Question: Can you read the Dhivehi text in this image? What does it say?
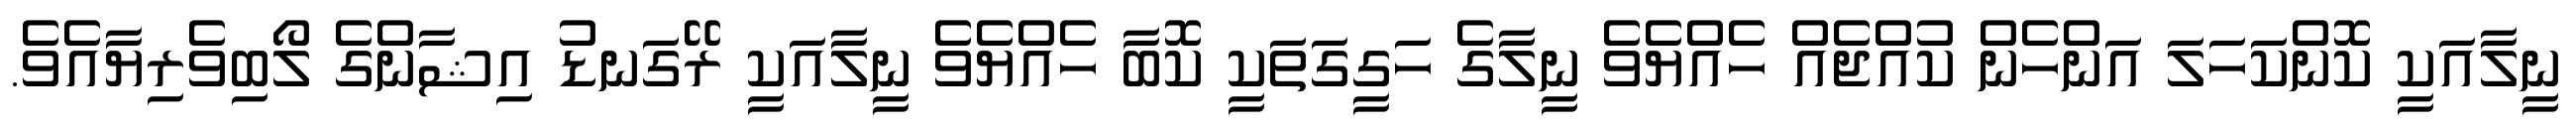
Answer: ނީލާއަކީ ކޮންކަހަލަ އަންހެން ކުއްޖެއް ހެއްޔެވެ ނީލާގެ ހަގީގަތަކީ ކޮބާ ހެއްޔެވެ ނީލާއަކީ ރޭގަނޑު އިޝާންގެ ލޯބިވެރިޔާއެވެ.